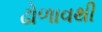
ઢોળાવથી